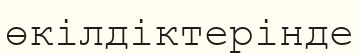
өкілдіктерінде